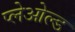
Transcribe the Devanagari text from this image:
प्लेओल्ड